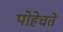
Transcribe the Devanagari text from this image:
पोहेचते